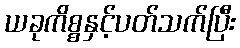
ယခုကိစ္စနှင့်ပတ်သက်ပြီး